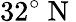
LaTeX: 32^{\circ}\mathrm{~N~}